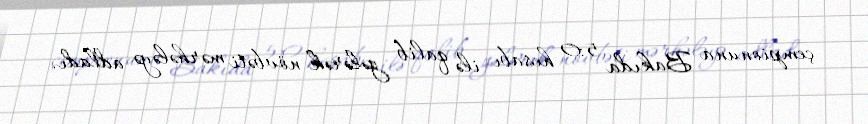
çempionuna Bakıda 5:0 hesabı ilə qalib gələrək növbəti mərhələyə adladı.